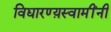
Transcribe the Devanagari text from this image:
विद्यारण्य़स्वामींनी